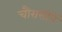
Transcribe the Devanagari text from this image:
चौरासीवें